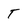
Character: T